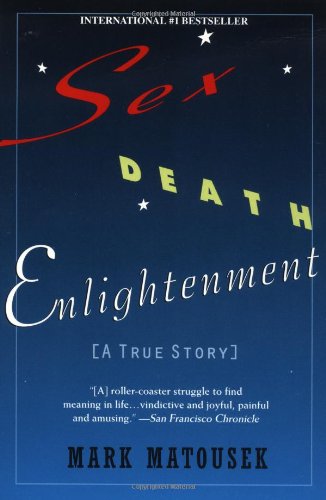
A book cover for Sex Death Enlightenment: A True Story; Mark Matousek; Gay & Lesbian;